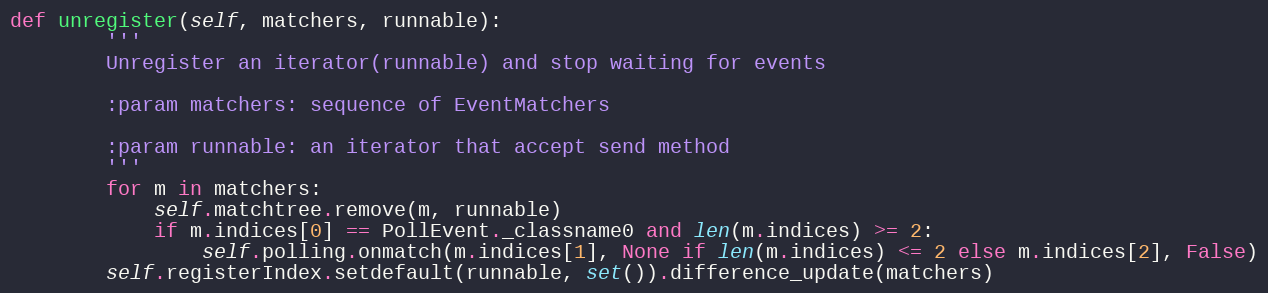
Language: Python
def unregister(self, matchers, runnable):
        '''
        Unregister an iterator(runnable) and stop waiting for events

        :param matchers: sequence of EventMatchers

        :param runnable: an iterator that accept send method
        '''
        for m in matchers:
            self.matchtree.remove(m, runnable)
            if m.indices[0] == PollEvent._classname0 and len(m.indices) >= 2:
                self.polling.onmatch(m.indices[1], None if len(m.indices) <= 2 else m.indices[2], False)
        self.registerIndex.setdefault(runnable, set()).difference_update(matchers)